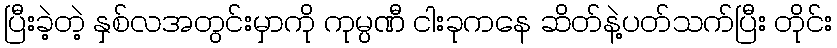
ပြီးခဲ့တဲ့ နှစ်လအတွင်းမှာကို ကုမ္ပဏီ ငါးခုကနေ ဆိတ်နဲ့ပတ်သက်ပြီး တိုင်း